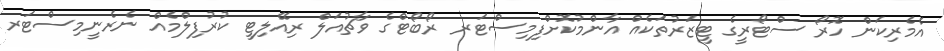
އެމެރިކަން ހޮރޯ ސްޓޯރީގެ ޓީޒަރުތަކެއް އާންމުކޮށްފިމިސްޓަރ ރޯބޯޓްގެ ވާޗުއަލް ރިއޭލިޓީ ކުރުފިލްމެއް ނެރެނީމިސްޓަރ